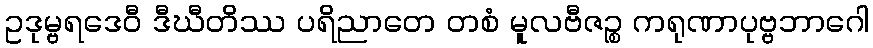
ဥဒုမ္ဗရဒေဝီ ဒီဃီတိဿ ပရိညာတေ တစံ မူလဗီဇဉ္စ ကရုဏာပုဗ္ဗဘာဂေါ